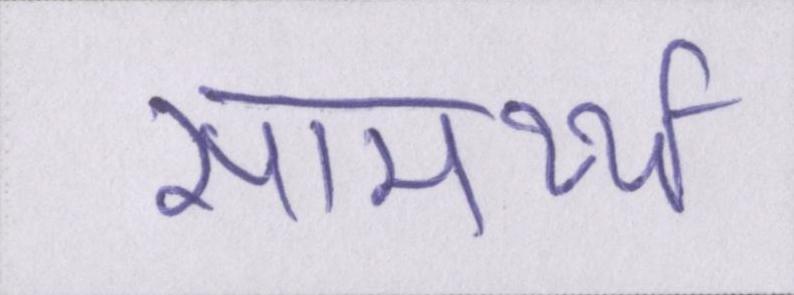
सामर्थ्य